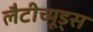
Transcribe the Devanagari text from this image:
लैटीच्यूड्स